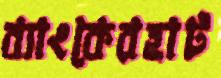
ব্যাংকেরহাট